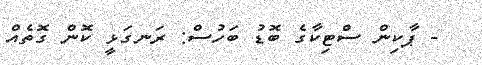
- ޕާކިން ސްޓިކާގެ ބޮޑު ބަހުސް: ރަނގަޅީ ކޮން ގޮތެއް